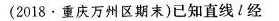
(2018·重庆万州区期末)已知直线l经